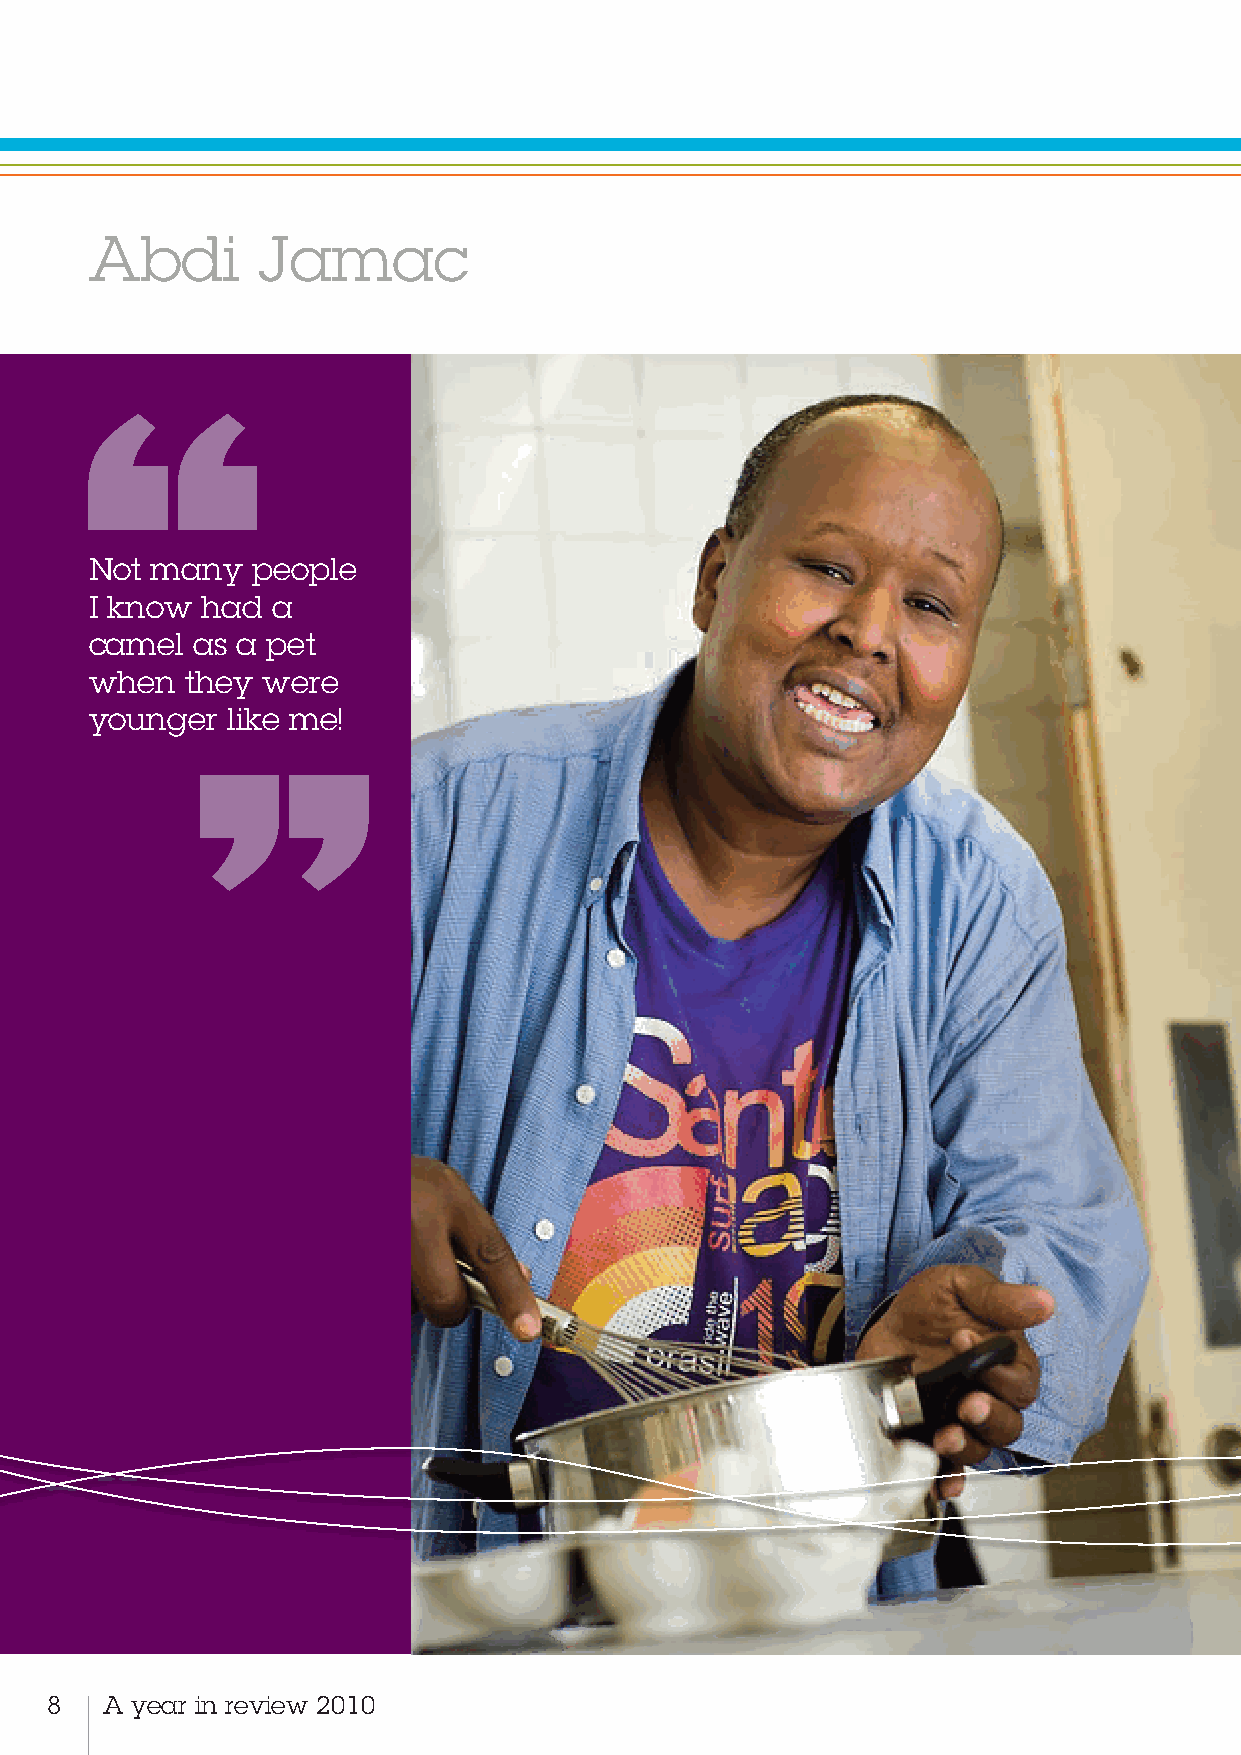
“Abdi       Jamac
 Not many   people
 I know ”had a
 camel  as a pet
 when  they were
 younger  like me!
 8   A year in review 2010